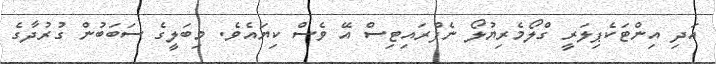
އަދި އިންޓަކެޕިލަރީ ގްލޯމެރިޔުލޯ ނެފްރައިޓިސް އޭ ވެސް ކިޔައެވެ. މިބަލީގެ ސަބަބުން ގުރުދާގެ